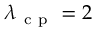
\lambda _ { \mathrm { ~ c ~ p ~ } } = 2